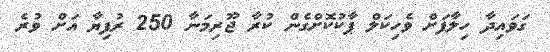
ގަވައިދާ ހިލާފަށް ވެހިކަލް ޕާކުކޮށްގެން ކުރާ ޖޫރިމަނާ 250 ރުފިޔާ އަށް ވުރެ